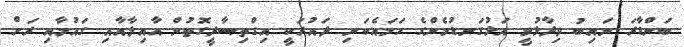
ބަންޑާރަ ނައިބު ވިދާޅުވީ އަޅުގަނޑުމެންގެ ހަމައެކަނި ދައުރަކީ އިގްތިޞާދީގޮތުން އާއިލާއާއި ގައުމާއި ރަށް